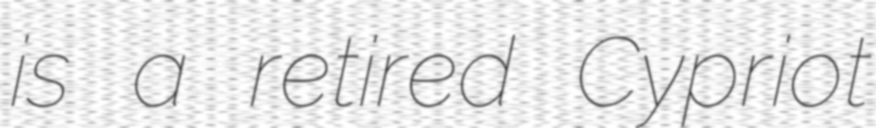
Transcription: is a retired Cypriot